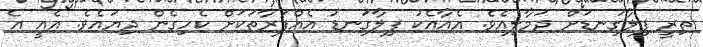
ތިރީ ފިލާގަނޑަށް ދަމާލިއެވެ. އެއާއެކު ފިލާގަނޑު އެއްފަރާތަކަށް ކެހިގެން ދިޔައެވެ. އެއީ އެ